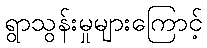
ရွာသွန်းမှုများကြောင့်